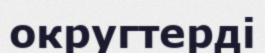
округтерді